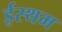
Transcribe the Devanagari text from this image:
ईस्थम